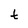
Character: t